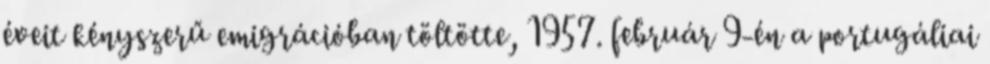
éveit kényszerű emigrációban töltötte, 1957. február 9-én a portugáliai